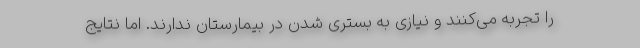
را تجربه می‌کنند و نیازی به بستری شدن در بیمارستان ندارند. اما نتایج